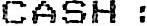
CASH :